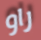
راو